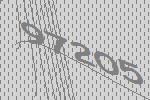
97205